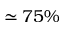
\simeq 7 5 \%